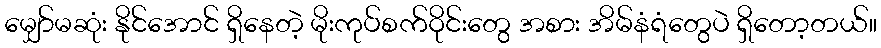
မျှော်မဆုံး နိုင်အောင် ရှိနေတဲ့ မိုးကုပ်စက်ဝိုင်းတွေ အစား အိမ်နံရံတွေပဲ ရှိတော့တယ်။